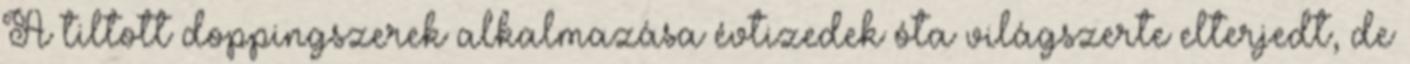
A tiltott doppingszerek alkalmazása évtizedek óta világszerte elterjedt, de